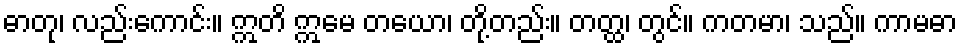
ဓာတု၊ လည်းကောင်း။ ဣတိ ဣမေ တယော၊ တို့တည်း။ တတ္ထ၊ တွင်။ ကတမာ၊ သည်။ ကာမဓာ